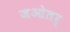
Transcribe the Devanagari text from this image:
जओतर्